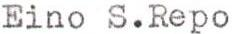
Eino S.Repo